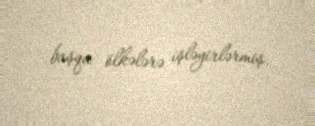
başqa ölkələrə işləyirlərmiş.